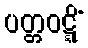
ပတ္တဝဋ္ဋိံ